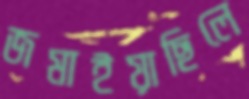
জমাইয়াছিলে